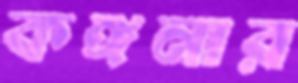
কঙ্গনার